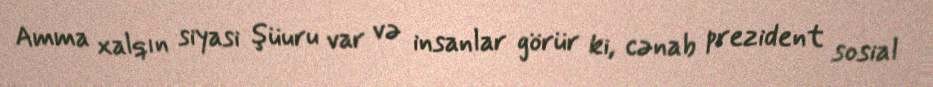
Amma xalqın siyasi şüuru var və insanlar görür ki, cənab prezident sosial